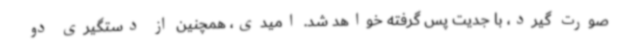
صورت گیرد، با جدیت پس گرفته خواهد شد. امیدی، همچنین از دستگیری دو